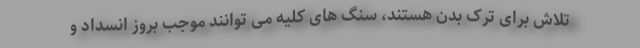
تلاش برای ترک بدن هستند، سنگ های کلیه می توانند موجب بروز انسداد و